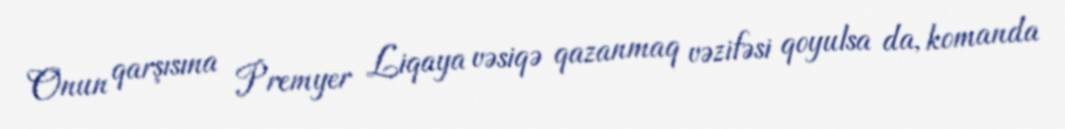
Onun qarşısına Premyer Liqaya vəsiqə qazanmaq vəzifəsi qoyulsa da, komanda